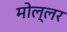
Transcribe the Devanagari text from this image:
मोल्लर